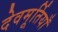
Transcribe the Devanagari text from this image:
देवमूर्तियाँ